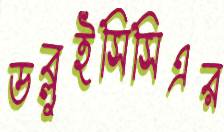
ডব্লুইসিসিএর